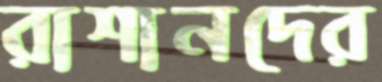
রাশানদের